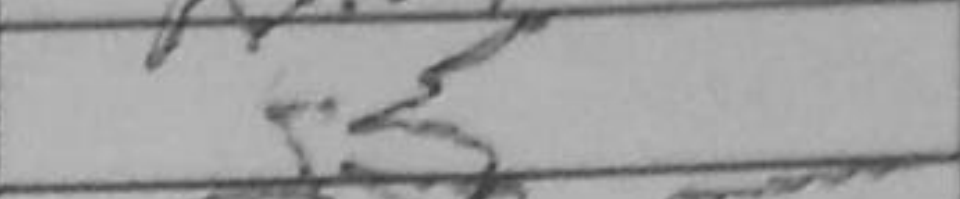
Transcription: g5